Proceedings of the meeting of veterinary officers in India
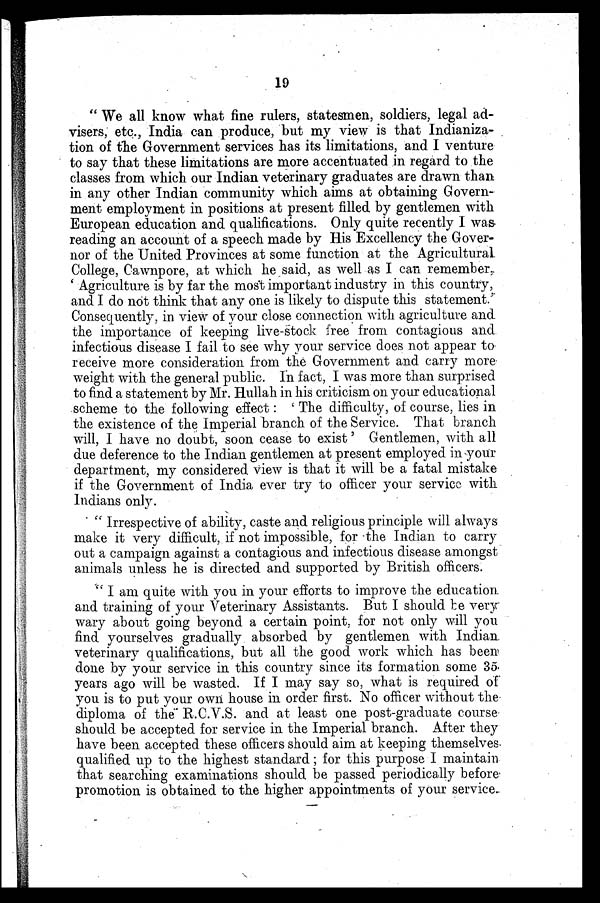
19
"We all know what fine rulers, statesmen, soldiers, legal ad-
visers, etc., India can produce, but my view is that Indianiza-
tion of the Government services has its limitations, and I venture
to say that these limitations are more accentuated in regard to the
classes from which our Indian veterinary graduates are drawn than
in any other Indian community which aims at obtaining Govern-
ment employment in positions at present filled by gentlemen with
European education and qualifications. Only quite recently I was
reading an account of a speech made by His Excellency the Gover-
nor of the United Provinces at some function at the Agricultural.
College, Cawnpore, at which he said, as well as I can remember,
'Agriculture is by far the most important industry in this country,
and I do not think that any one is likely to dispute this statement.'
Consequently, in view of your close connection with agriculture and
the importance of keeping live-stock free from contagious and
infectious disease I fail to see why your service does not appear to
receive more consideration from the Government and carry more
weight with the general public. In fact, I was more than surprised
to find a statement by Mr. Hullah in his criticism on your educational
scheme to the following effect: 'The difficulty, of course, lies in
the existence of the Imperial branch of the Service. That branch
will, I have no doubt, soon cease to exist' Gentlemen, with all
due deference to the Indian gentlemen at present employed in your
department, my considered view is that it will be a fatal mistake
if the Government of India ever try to officer your service with
Indians only.
"Irrespective of ability, caste and religious principle will always
make it very difficult, if not impossible, for the Indian to carry
out a campaign against a contagious and infectious disease amongst
animals unless he is directed and supported by British officers.
"I am quite with you in your efforts to improve the education
and training of your Veterinary Assistants. But I should be very
wary about going beyond a certain point, for not only will you
find yourselves gradually absorbed by gentlemen with Indian
veterinary qualifications, but all the good work which has been
done by your service in this country since its formation some 35
years ago will be wasted. If I may say so, what is required of
you is to put your own house in order first. No officer without the
diploma of the R.C.V.S. and at least one post-graduate course
should be accepted for service in the Imperial branch. After they
have been accepted these officers should aim at keeping themselves
qualified up to the highest standard; for this purpose I maintain
that searching examinations should be passed periodically before
promotion is obtained to the higher appointments of your service.